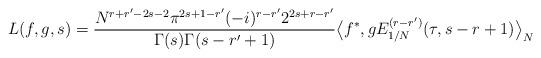
LaTeX: \begin{align*} L(f, g, s) = \frac{N^{r + r' - 2s - 2} \pi^{2s + 1 - r'} (-i)^{r - r'} 2^{2s + r - r'}}{\Gamma(s)\Gamma(s - r' + 1)} \big\langle f^*, g E^{(r - r')}_{1/N}(\tau, s - r + 1)\big\rangle_N \end{align*}